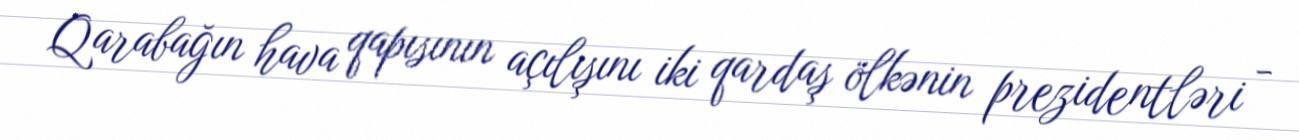
Qarabağın hava qapısının açılışını iki qardaş ölkənin prezidentləri -